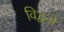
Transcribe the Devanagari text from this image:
विद्वनो